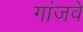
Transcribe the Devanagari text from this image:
गांजवे